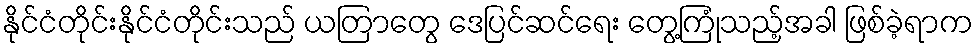
နိုင်ငံတိုင်းနိုင်ငံတိုင်းသည် ယတြာတွေ ဒေပြင်ဆင်ရေး တွေ့ကြုံသည့်အခါ ဖြစ်ခဲ့ရာက